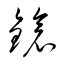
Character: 鎗